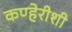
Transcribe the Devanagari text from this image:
कण्हेरीशी